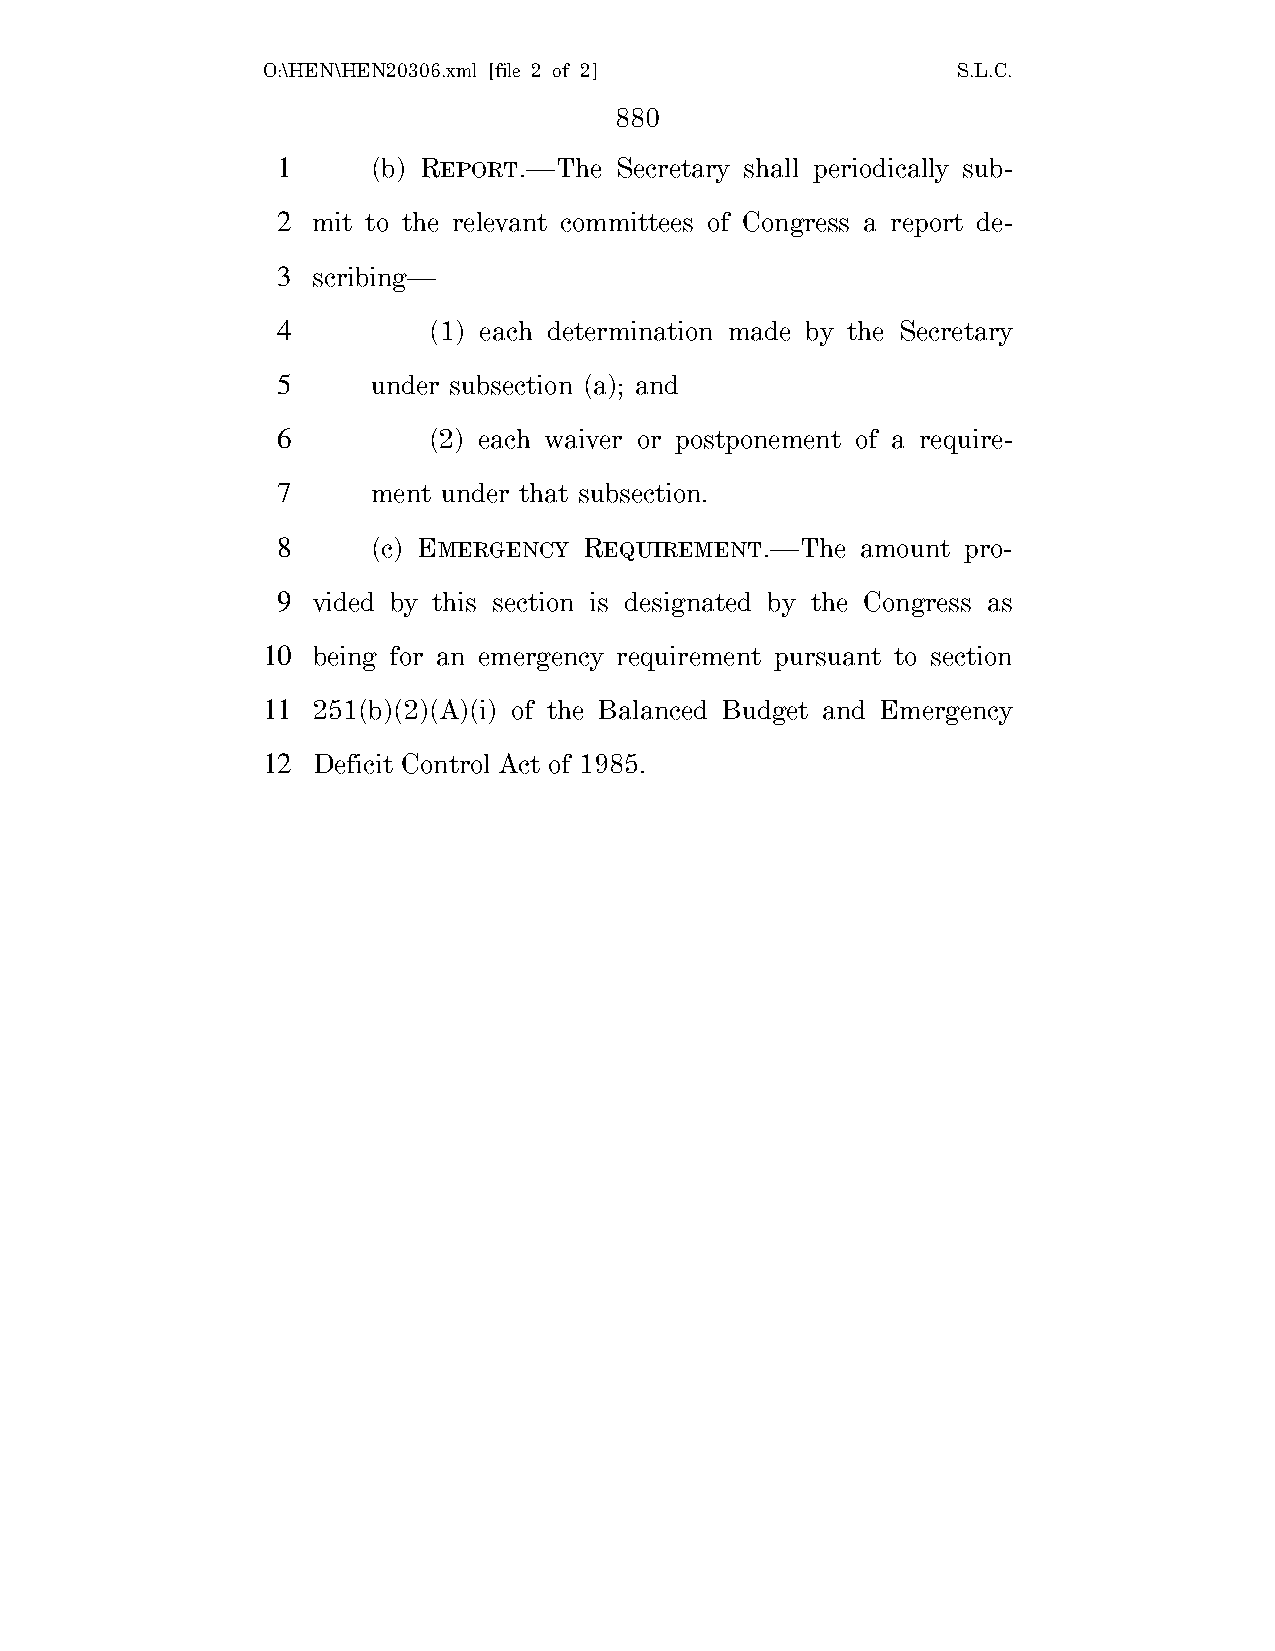
O:\HEN\HEN20306.xml [file 2 of 2]             S.L.C.
 880
 1      (b) REPORT.—The Secretary shall periodically sub-
 2  mit to the relevant committees of Congress a report de-
 3  scribing—
 4         (1) each determination made by the Secretary
 5      under subsection (a); and
 6         (2) each waiver or postponement of a require-
 7      ment under that subsection.
 8      (c) EMERGENCY REQUIREMENT.—The  amount pro-
 9  vided by this section is designated by the Congress as
 10  being for an emergency requirement pursuant to section
 11  251(b)(2)(A)(i) of the Balanced Budget and Emergency
 12  Deficit Control Act of 1985.